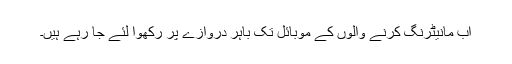
اب مانیٹرنگ کرنے والوں کے موبائل تک باہر دروازے پر رکھوا لئے جا رہے ہیں۔